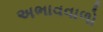
અભાવવાળો